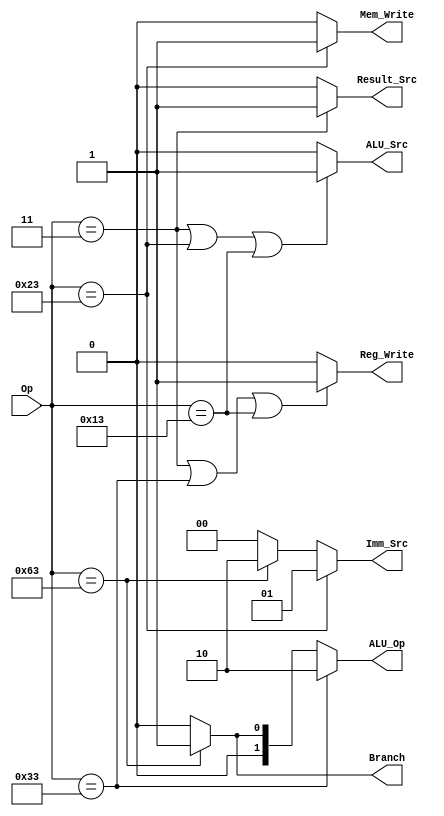
module M_Decoder(Op,Reg_Write,Imm_Src,ALU_Src,Mem_Write,Result_Src,Branch,ALU_Op);
    input [6:0]Op;
    output Reg_Write,ALU_Src,Mem_Write,Result_Src,Branch;
    output [1:0]Imm_Src,ALU_Op;

    assign Reg_Write = (Op == 7'b0000011 | Op == 7'b0110011 | Op == 7'b0010011 ) ? 1'b1 :
                                                              1'b0 ;
    assign Imm_Src = (Op == 7'b0100011) ? 2'b01 : 
                    (Op == 7'b1100011) ? 2'b10 :    
                                         2'b00 ;
    assign ALU_Src = (Op == 7'b0000011 | Op == 7'b0100011 | Op == 7'b0010011) ? 1'b1 :
                                                            1'b0 ;
    assign Mem_Write = (Op == 7'b0100011) ? 1'b1 :
                                           1'b0 ;
    assign Result_Src = (Op == 7'b0000011) ? 1'b1 :
                                            1'b0 ;
    assign Branch = (Op == 7'b1100011) ? 1'b1 :
                                         1'b0 ;
    assign ALU_Op = (Op == 7'b0110011) ? 2'b10 :
                   (Op == 7'b1100011) ? 2'b01 :
                                        2'b00 ;

endmodule